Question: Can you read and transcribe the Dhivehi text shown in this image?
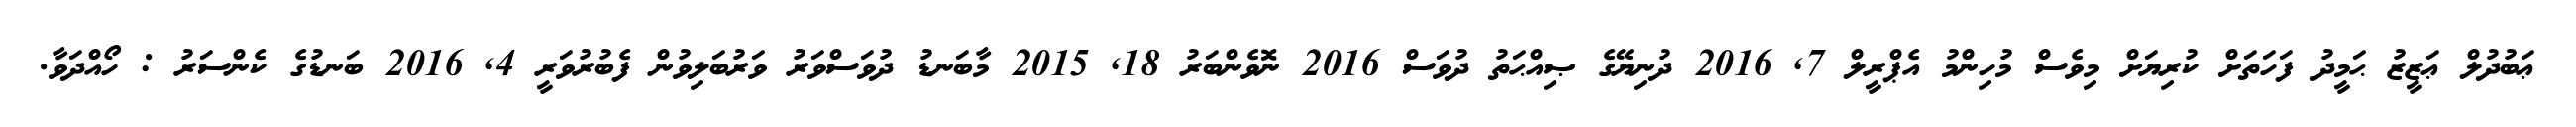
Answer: ޢަބުދުލް ޢަޒީޒު ޙަމީދު ފަހަތަށް ކުރިޔަށް މިވެސް މުހިންމު އެޕްރީލް 7, 2016 ދުނިޔޭގެ ޞިއްޙަތު ދުވަސް 2016 ނޮވެންބަރު 18, 2015 މާބަނޑު ދުވަސްވަރު ވަރުބަލިވުން ފެބުރުވަރީ 4, 2016 ބަނޑުގެ ކެންސަރު : ހޯއްދަވާ.